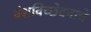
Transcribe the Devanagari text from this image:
वंशविच्छेदनाचे